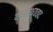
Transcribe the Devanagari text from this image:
यथातथ्यवाद